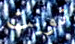
نويت